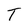
Character: T